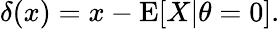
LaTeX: \delta(x)=x-\operatorname{E}[X|\theta=0].